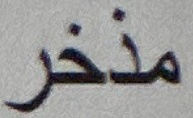
مذخر